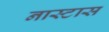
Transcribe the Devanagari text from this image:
नास्टास